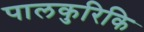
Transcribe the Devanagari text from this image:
पालकुरिकि